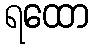
ရထော